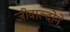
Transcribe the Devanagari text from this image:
जीवाल्दोने